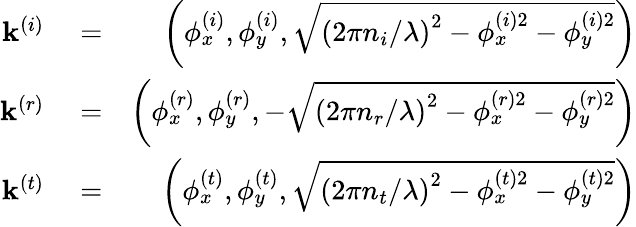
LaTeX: \begin{array}{rlr}{\mathbf{k}^{\left(i\right)}}&{{}=}&{\left(\phi_{x}^{\left(i\right)},\phi_{y}^{\left(i\right)},\sqrt{\left(2\pi n_{i}/\lambda\right)^{2}-\phi_{x}^{\left(i\right)2}-\phi_{y}^{\left(i\right)2}}\right)}\\ {\mathbf{k}^{\left(r\right)}}&{{}=}&{\left(\phi_{x}^{\left(r\right)},\phi_{y}^{\left(r\right)},-\sqrt{\left(2\pi n_{r}/\lambda\right)^{2}-\phi_{x}^{\left(r\right)2}-\phi_{y}^{\left(r\right)2}}\right)}\\ {\mathbf{k}^{\left(t\right)}}&{{}=}&{\left(\phi_{x}^{\left(t\right)},\phi_{y}^{\left(t\right)},\sqrt{\left(2\pi n_{t}/\lambda\right)^{2}-\phi_{x}^{\left(t\right)2}-\phi_{y}^{\left(t\right)2}}\right)}\end{array}